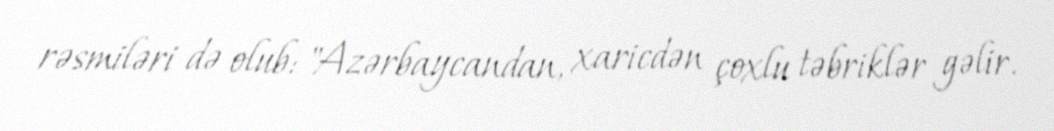
rəsmiləri də olub: "Azərbaycandan, xaricdən çoxlu təbriklər gəlir.